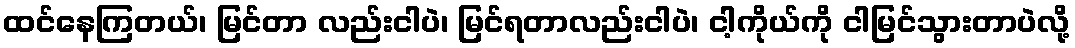
ထင်နေကြတယ်၊ မြင်တာ လည်းငါပဲ၊ မြင်ရတာလည်းငါပဲ၊ ငါ့ကိုယ်ကို ငါမြင်သွားတာပဲလို့